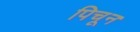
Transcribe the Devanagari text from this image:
पिचून